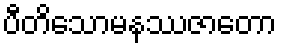
ပီတိသောမနဿဇာတော